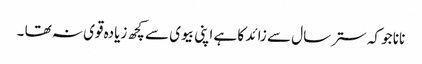
نانا جو کہ ستر سال سے زائد کا ہے اپنی بیوی سے کچھ زیادہ قوی نہ تھا ۔